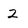
Character: 2